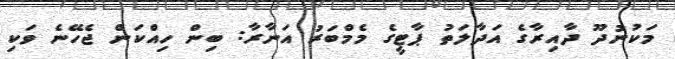
މަކުނުދޫ ދާއިރާގެ އަދާލަތު ޕާޓީގެ މެމްބަރު އަނާރާ: ބިން ހިއްކަން ޖެހޭނެ ވަކި